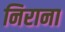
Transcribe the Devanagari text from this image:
निराना